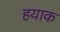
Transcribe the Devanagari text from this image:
हयाक